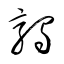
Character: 鶉